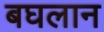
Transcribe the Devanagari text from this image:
बघलान